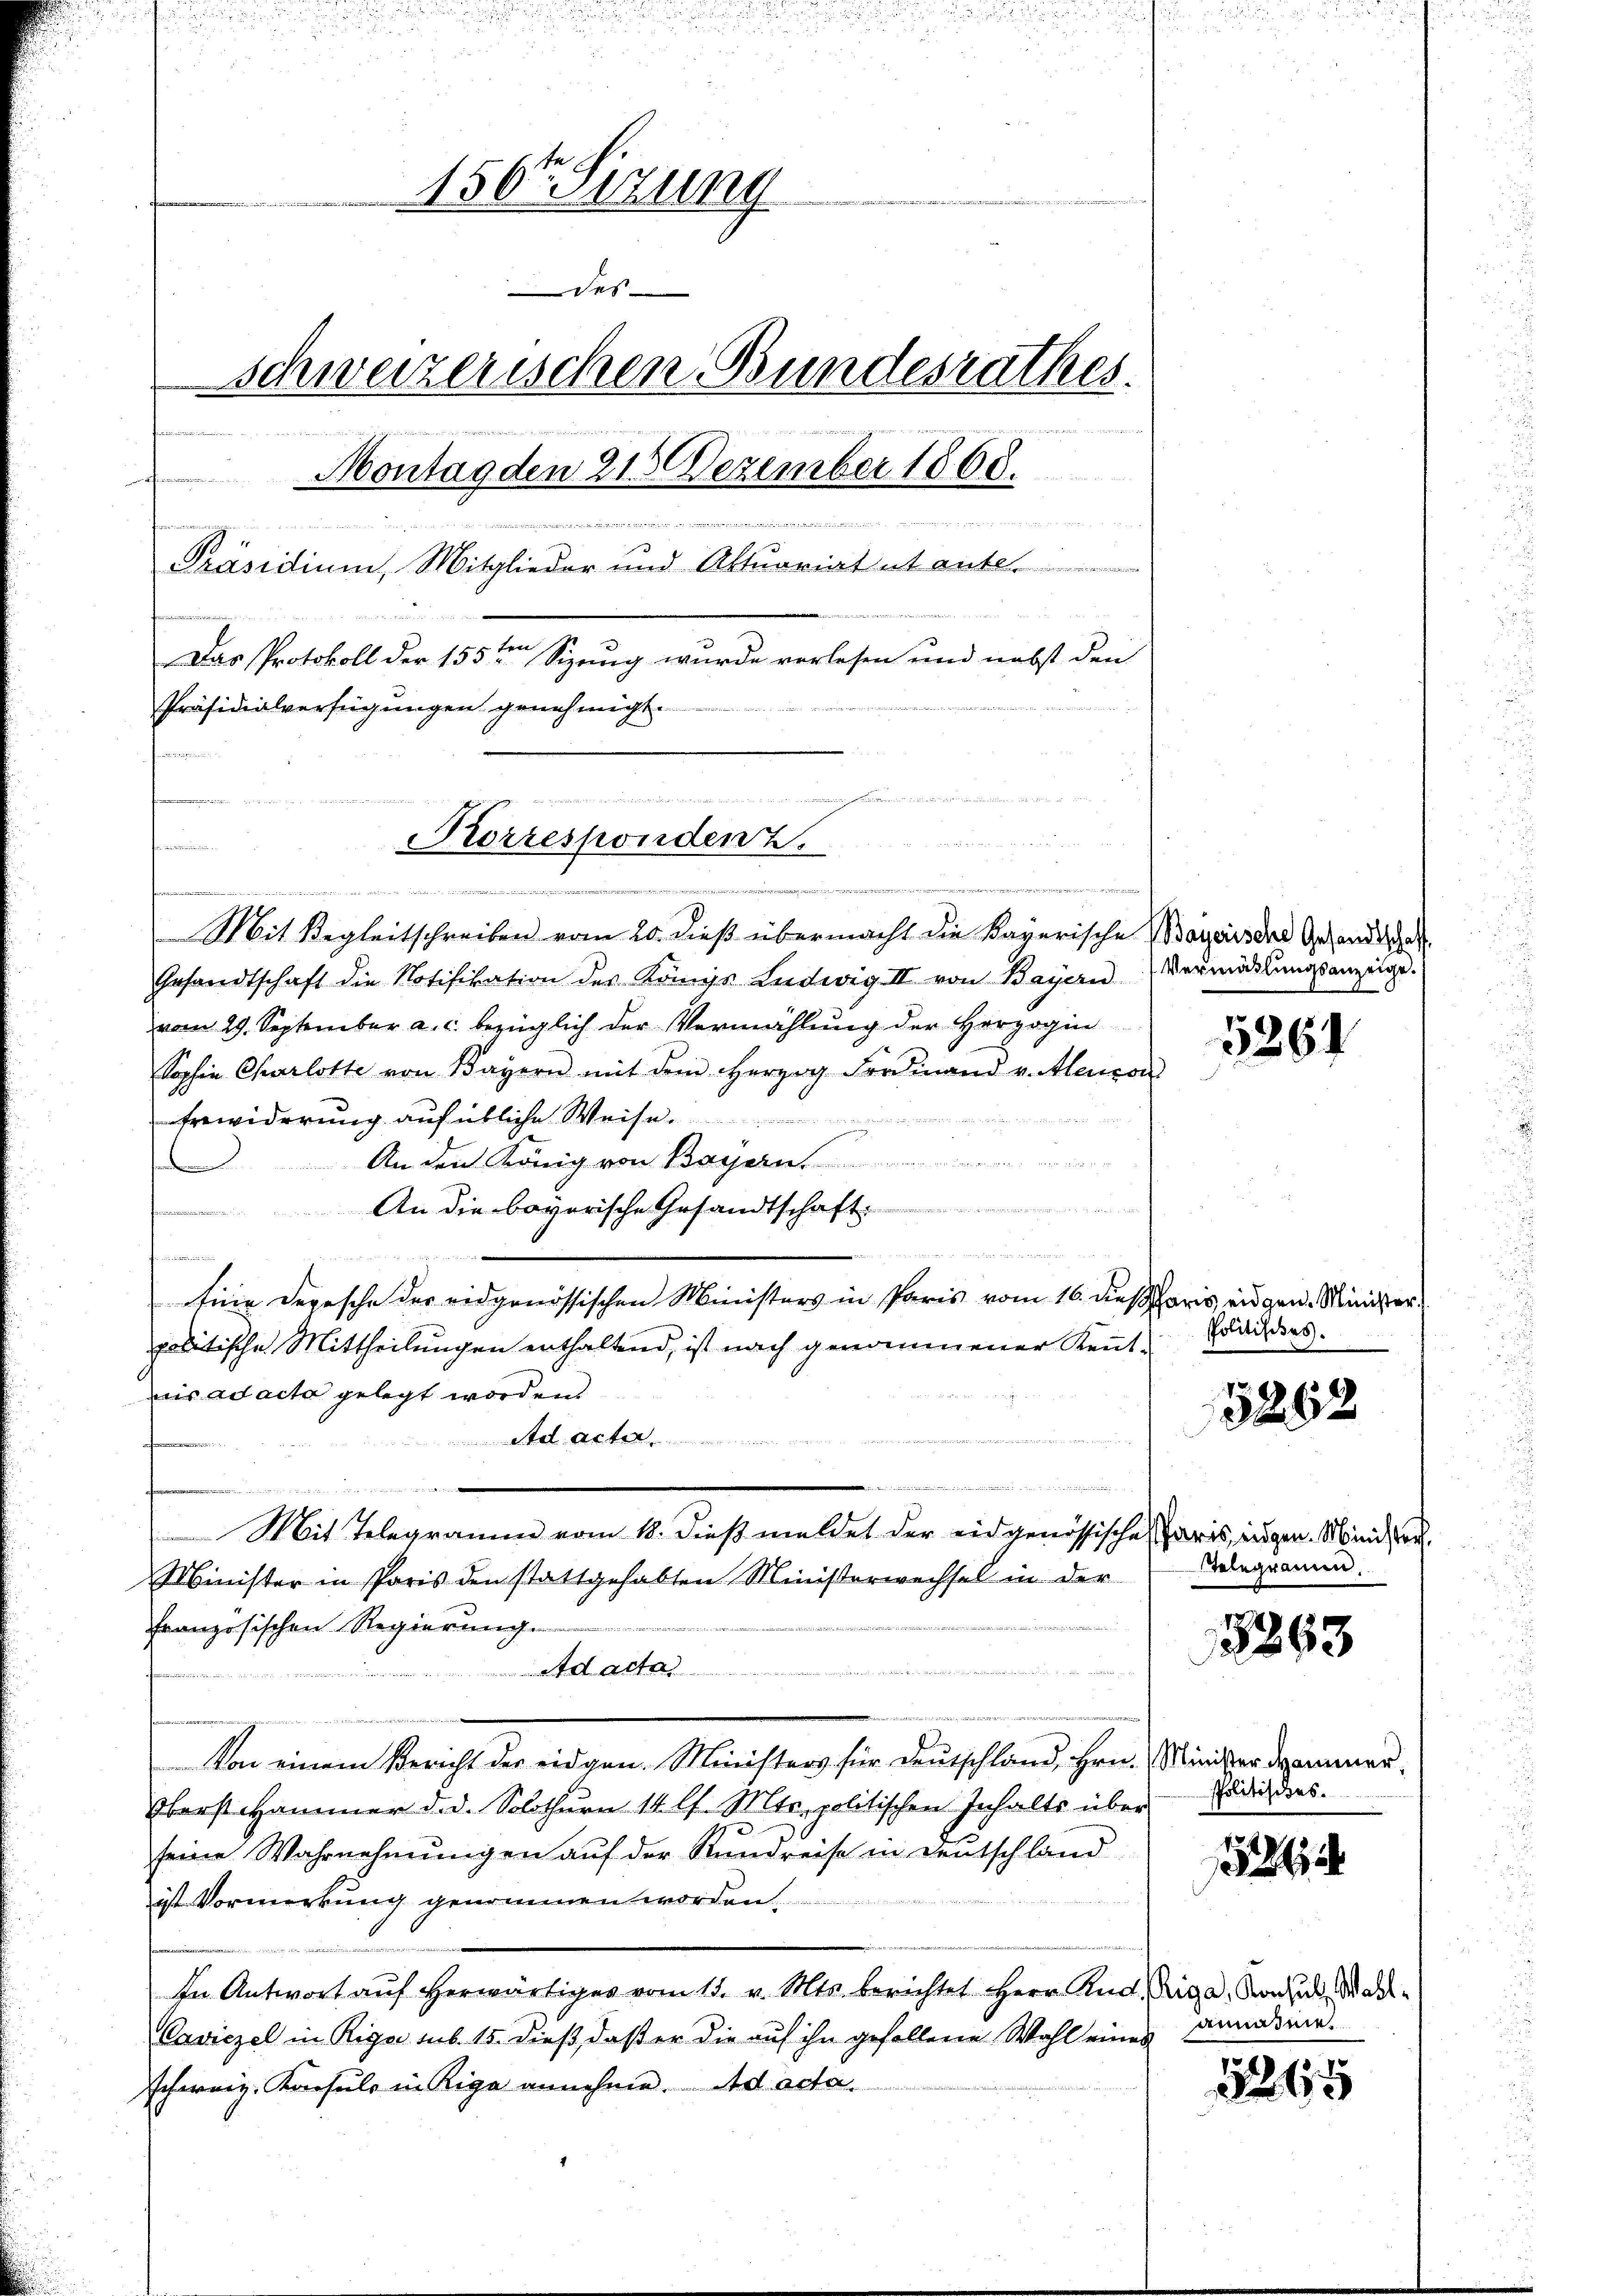
.

d
u

u
156te Sitzung
des
Schweizerischen Bundesrathes.

auer

Montag den 215 Dezember 1800.

ieen eine
w
Präsidium, Mitglieder und Aktuariat ut aute
Ber
Das Protokoll der 155ten Sizung wurde verlesen und nebst den
Präsidialverfügungen genehmigt.
n

e
 ener ein einer wie wieder waren
Mit Begleitschreiben vom 20. dieß übermacht die Kayerische Bareis des Gesandtschaf
Gesandtschaft die Notifikation des Königs Ludwig II von Bayern Vermalŭngsanzeige
vom 29. September a. c. bezüglich der Vermählung der Herzogin
Sophie Charlotte von Bayern mit dem Herzog Ferdinand v. Abencon
Erwiderung auf übliche Weise.
An den König von Bayern
An die bevorische Gesandtschaft
.
 e so wollen den sich ein an denn es mit
a nicht in der
Eine Depesche der eidgenössischen Ministers in Paris vom 16. dieß Paris eidgen. Minister
politische Mittheilungen enthaltend, ist nach genommener Kenntis ad acta gelegt worden.
Ad acter
Mit Telegramm vom 18. dieß meldet der eidgenössische Paris, ungen. Ministen
Minister in Paris den stattgehabten Ministerwechsel in der
n
französischen Regierung.
Ad acta

Von einem Bericht der eidgen. Ministers für Deutschland, Hrn. Minister Sommer¬
Oberst Hammer d. d. Solothurn 14 l. Mts. politischen Inhalts über
seine Wahrnehmungen auf der Stundreise in Deutschland
ist Vormerkung genommen worden.
In Antwort aŭf herwärtiges vom 15. v. Mts. berichtet Herr And. Riga, Konsul Mar¬
Caviczel in Riga sub 15. dieß, daß er die auf ihn gefallene Wahl eines
schweiz. Konsuls in Riga annehme. Ad acta

raten

Korrespondenz.

526

Politisches.

5262

Telegramm

15263

Politisches.

1526

anname

1265